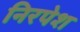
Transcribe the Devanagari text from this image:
निरपेश